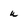
Character: u